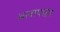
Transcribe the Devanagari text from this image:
अलापाहा